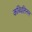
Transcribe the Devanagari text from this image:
कब्धिलिनन